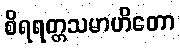
စိရရတ္တသမာဟိတော